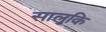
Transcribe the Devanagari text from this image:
सालुकि